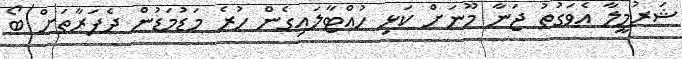
ޝަރުމީލާ އެވަގުތު ޖަނާ މޫނަށް ކަޅި ހުއްޓާލައިގެން ހުރެ މަޑުމަޑުން ދެފަރާތަށް ބޯ